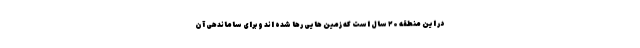
در این منطقه ۲۰ سال است که زمین هایی رها شده اند و برای ساماندهی آن